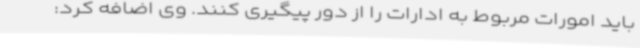
باید امورات مربوط به ادارات را از دور پیگیری کنند. وی اضافه کرد: